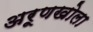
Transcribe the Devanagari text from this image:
अरूणखोला